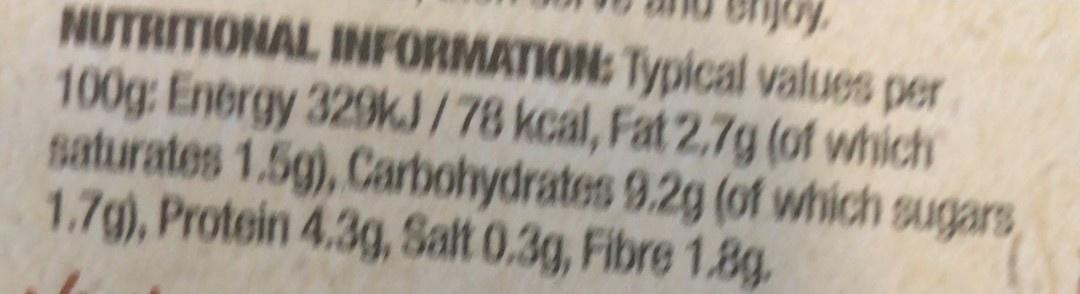
NUTRITIONAL INFORMATION: Typical values per 100g: Energy 329KJ/78 kcal, Fat 2,7g (of whicth saturates 1.5g), Carbohydrates 9.2g (of which sugars 1.7g), Protein 4.3g, Salt 0.3g, Fibre 1.8g